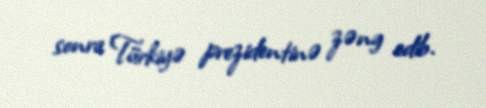
sonra Türkiyə prezidentinə zəng edib.